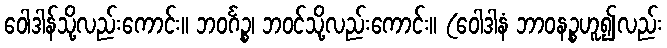
ဝေါဒါန်သို့လည်းကောင်း။ ဘဝင်္ဂဉ္စ၊ ဘဝင်သို့လည်းကောင်း။ (ဝေါဒါနံ ဘာဝနဉ္စဟူ၍လည်း